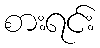
စားရင်း